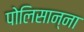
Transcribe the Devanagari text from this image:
पोलिसान्ना